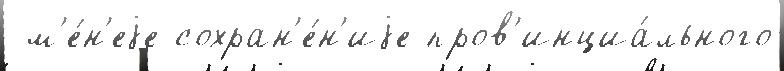
 м'е́н'еjе сохран'е́н'иjе пров'инциа́льного